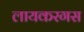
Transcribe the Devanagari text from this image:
लायकरगस